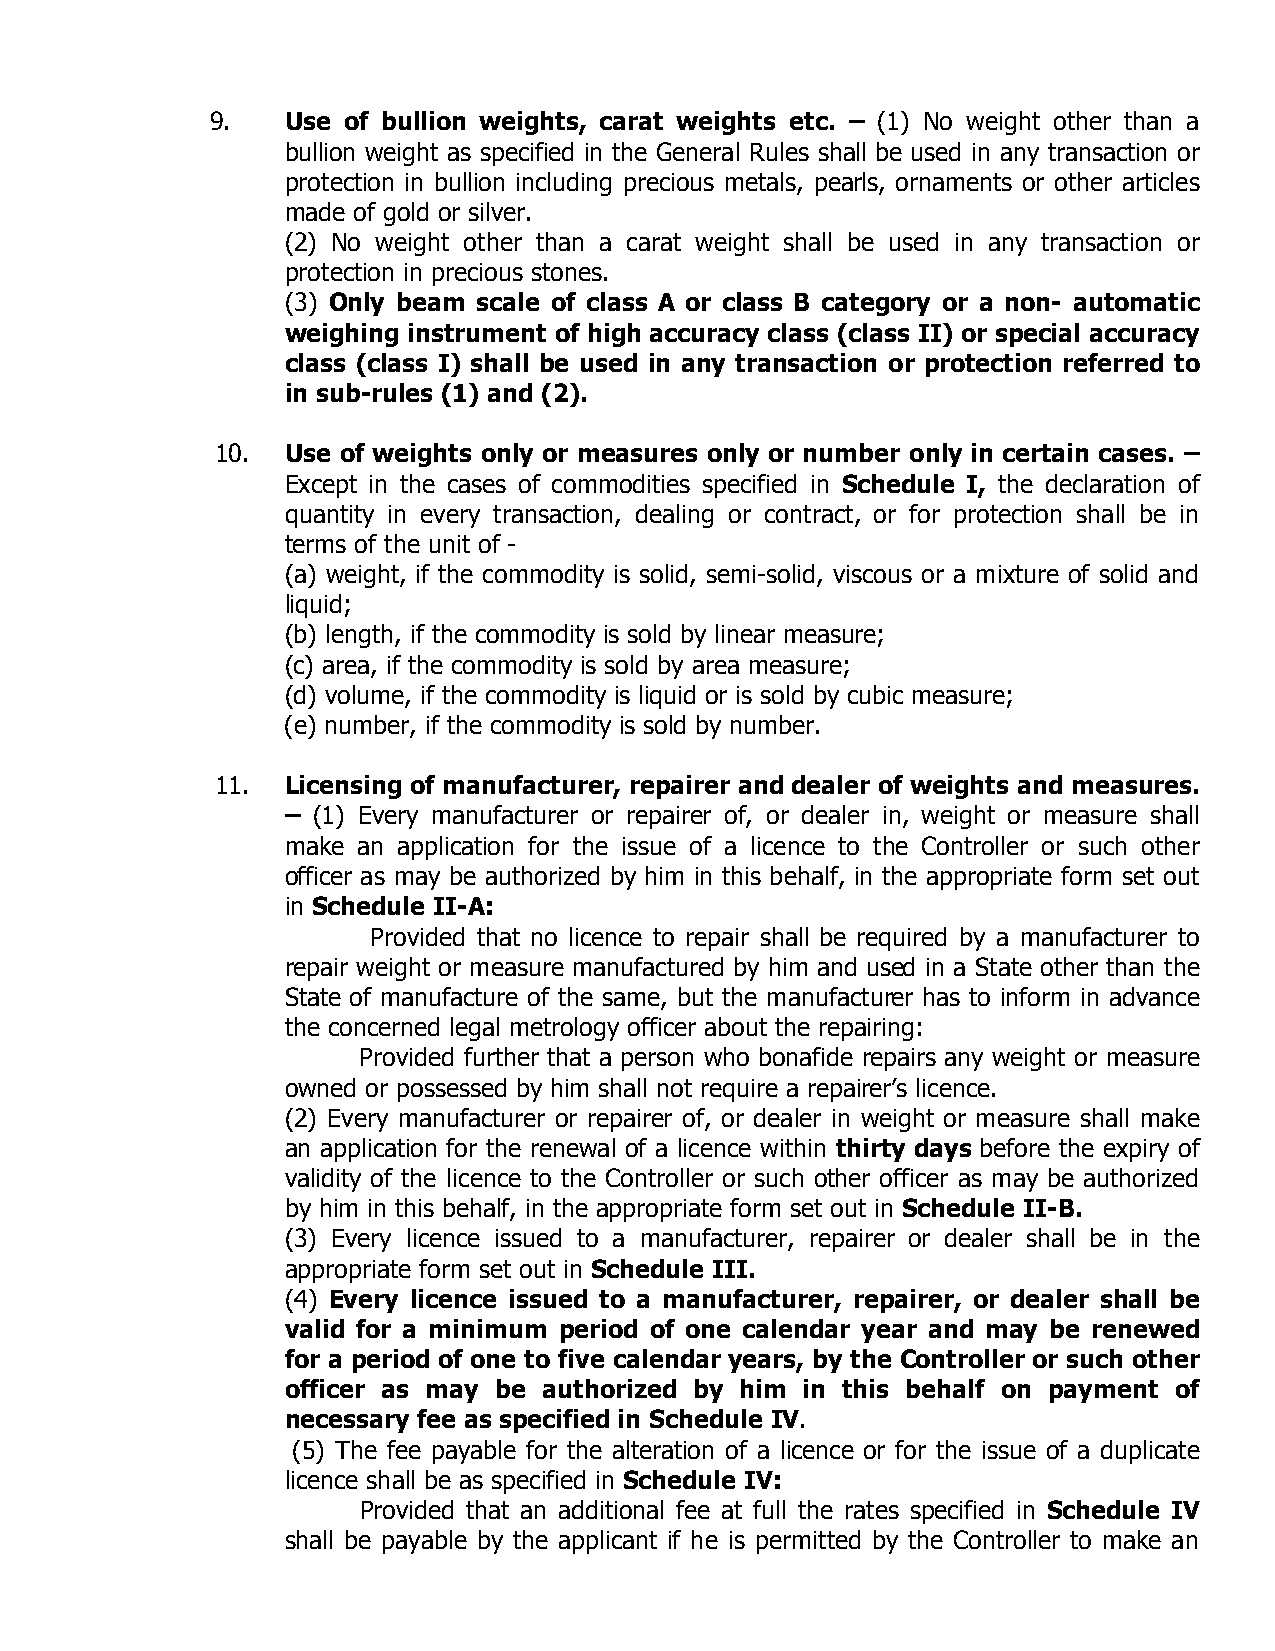
9.   Use of bullion weights, carat weights etc. – (1) No weight other than a
 bullion weight as specified in the General Rules shall be used in any transaction or
 protection in bullion including precious metals, pearls, ornaments or other articles
 made of gold or silver.
 (2) No weight other than a carat weight shall be used in any transaction or
 protection in precious stones.
 (3) Only beam scale of class A or class B category or a non- automatic
 weighing instrument of high accuracy class (class II) or special accuracy
 class (class I) shall be used in any transaction or protection referred to
 in sub-rules (1) and (2).
 10.  Use of weights only or measures only or number only in certain cases. –
 Except in the cases of commodities specified in Schedule I, the declaration of
 quantity in every transaction, dealing or contract, or for protection shall be in
 terms of the unit of -
 (a) weight, if the commodity is solid, semi-solid, viscous or a mixture of solid and
 liquid;
 (b) length, if the commodity is sold by linear measure;
 (c) area, if the commodity is sold by area measure;
 (d) volume, if the commodity is liquid or is sold by cubic measure;
 (e) number, if the commodity is sold by number.
 11.  Licensing of manufacturer, repairer and dealer of weights and measures.
 – (1) Every manufacturer or repairer of, or dealer in, weight or measure shall
 make an application for the issue of a licence to the Controller or such other
 officer as may be authorized by him in this behalf, in the appropriate form set out
 in Schedule II-A:
 Provided that no licence to repair shall be required by a manufacturer to
 repair weight or measure manufactured by him and used in a State other than the
 State of manufacture of the same, but the manufacturer has to inform in advance
 the concerned legal metrology officer about the repairing:
 Provided further that a person who bonafide repairs any weight or measure
 owned or possessed by him shall not require a repairer’s licence.
 (2) Every manufacturer or repairer of, or dealer in weight or measure shall make
 an application for the renewal of a licence within thirty days before the expiry of
 validity of the licence to the Controller or such other officer as may be authorized
 by him in this behalf, in the appropriate form set out in Schedule II-B.
 (3) Every licence issued to a manufacturer, repairer or dealer shall be in the
 appropriate form set out in Schedule III.
 (4) Every licence issued to a manufacturer, repairer, or dealer shall be
 valid for a minimum period of one calendar year and may be renewed
 for a period of one to five calendar years, by the Controller or such other
 officer as may be authorized by him in this behalf on payment of
 necessary fee as specified in Schedule IV.
 (5) The fee payable for the alteration of a licence or for the issue of a duplicate
 licence shall be as specified in Schedule IV:
 Provided that an additional fee at full the rates specified in Schedule IV
 shall be payable by the applicant if he is permitted by the Controller to make an